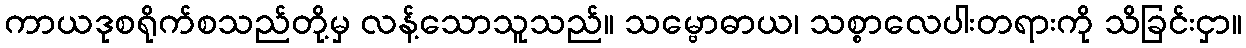
ကာယဒုစရိုက်စသည်တို့မှ လန့်သောသူသည်။ သမ္ဗောဓာယ၊ သစ္စာလေပါးတရားကို သိခြင်းငှာ။